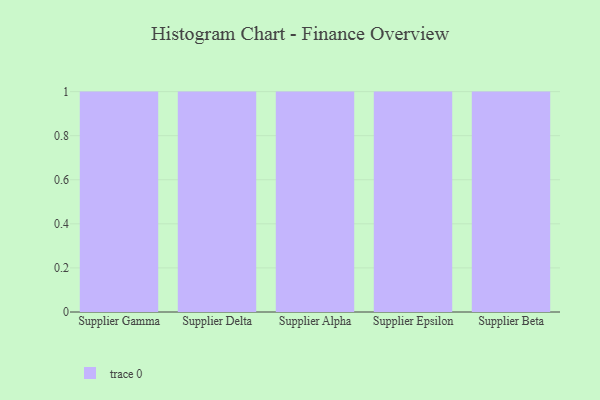
{"axis": {"x": "Supplier", "y": "Bounce Rate (%)"}, "legend": [""], "data": [{"x": "Supplier Gamma", "y": 7, "type": ""}, {"x": "Supplier Delta", "y": 18, "type": ""}, {"x": "Supplier Alpha", "y": 3, "type": ""}, {"x": "Supplier Epsilon", "y": 98, "type": ""}, {"x": "Supplier Beta", "y": 48, "type": ""}]}